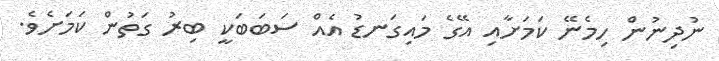
ނުދިނުން ހިމެނޭ ކަމަށާއި އޭގެ މައިގަނޑު އެއް ސަބަބަކީ ބިރު ގަތުން ކަމަށެވެ.